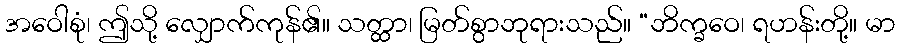
အဝေါစုံ၊ ဤသို့ လျှောက်ကုန်၏။ သတ္ထာ၊ မြတ်စွာဘုရားသည်။ “ဘိက္ခဝေ၊ ရဟန်းတို့။ မာ